system: You are a helpful assistant.
user:
Analyze the provided spectrum to determine if it is a **"Cataclysmic Variables (CV)"**.

- **Key Indicators for CV (Check for either state):**
    - **State 1: Quiescent / Low-State (Emission-Dominated)**
        - **(Primary):** Strong and *very broad* Hydrogen Balmer emission lines (e.g., $H\alpha$ at 6563 Å, $H\beta$ at 4861 Å). The 'broadness' (high velocity dispersion, often FWHM > 1000 km/s) is the key diagnostic, indicating a high-velocity accretion disk.
        - **(Secondary):** Broad neutral Helium (He I) emission lines (e.g., 5876 Å, 6678 Å).
        - **(Key Confirmation):** Presence of high-excitation *ionized* Helium (He II) emission at 4686 Å. This is a strong indicator of accretion onto a white dwarf.
        - **(Line Profile):** Emission lines may exhibit a 'double-peaked' profile, which is a classic signature of a rotating accretion disk viewed at high inclination.

    - **State 2: Outburst / High-State (Absorption-Dominated)**
        - **(Primary):** Spectrum is dominated by a bright, blue continuum (looks like a hot star).
        - **(Secondary):** The emission lines from State 1 are weak, absent, or 'filled in', and are replaced by broad, shallow *absorption* lines (primarily Balmer and He I).
        - **(Morphology):** The overall spectrum mimics a hot B/A-type star. The crucial difference is that the absorption lines are significantly broader, shallower, and more 'washed-out' (or 'smeared') than the sharp lines of a normal stellar photosphere, due to high rotational speeds and pressure broadening in the disk.

Think first, call **spectral_visualization_tool** if needed to examine features in detail, then provide your final answer. Your response must adhere to the following strict rules:
1.  **Overall Structure:** Your response must follow the format `<think>...</think> <tool_call>...</tool_call> (if a tool is used) <answer>...</answer>`.
2.  **Tool Usage Constraint:** You may only make **one** tool call per turn.
3.  **Final Answer Format:** In the `<answer>` tag, your conclusion must be inside a `\boxed{}` command (e.g., `\boxed{YES}`), followed by your justification.

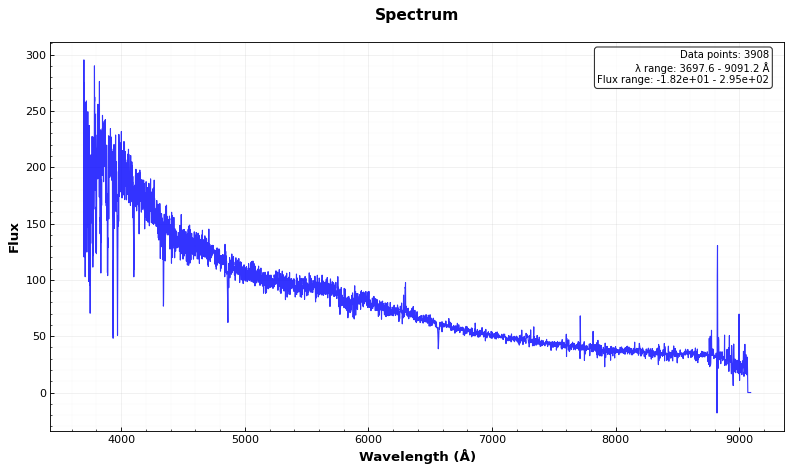
Answer: NO